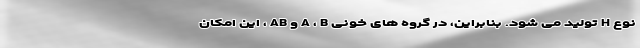
نوع H تولید می شود. بنابراین، در گروه های خونی A ، B و AB ، این امکان